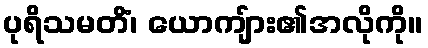
ပုရိသမတိံ၊ ယောကျ်ား၏အလိုကို။